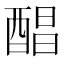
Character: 𮠰